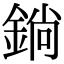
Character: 鋿